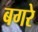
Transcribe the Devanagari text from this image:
बगरे